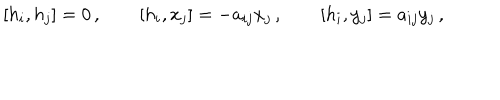
\left[ h _ { i } , h _ { j } \right] = 0 \, , \qquad \left[ h _ { i } , x _ { j } \right] = - a _ { i j } x _ { j } \, , \qquad \left[ h _ { i } , y _ { j } \right] = a _ { i j } y _ { j } \, ,